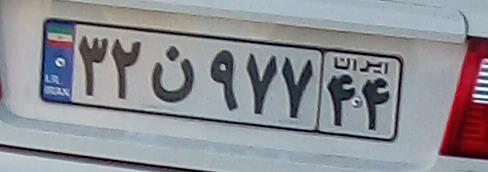
۳۲ن۹۷۷۴۴